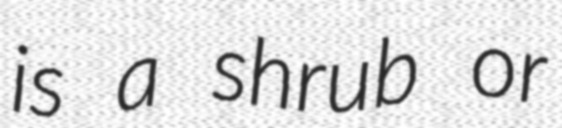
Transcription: is a shrub or